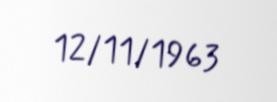
12/11/1963